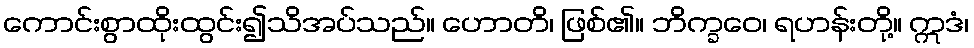
ကောင်းစွာထိုးထွင်း၍သိအပ်သည်။ ဟောတိ၊ ဖြစ်၏။ ဘိက္ခဝေ၊ ရဟန်းတို့။ ဣဒံ၊